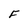
Character: F